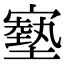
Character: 𡫑